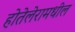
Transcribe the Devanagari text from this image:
होतेलेरामधील